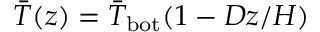
\bar { T } ( z ) = \bar { T } _ { \mathrm { b o t } } ( 1 - D z / H )